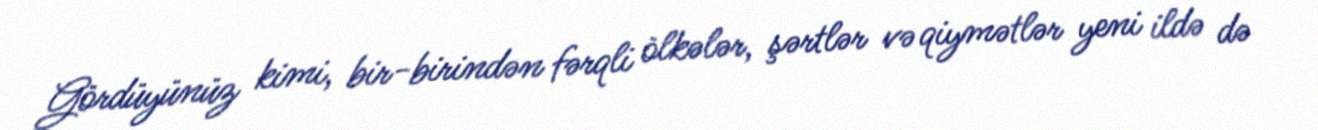
Gördüyünüz kimi, bir-birindən fərqli ölkələr, şərtlər və qiymətlər yeni ildə də